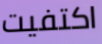
اكتفيت